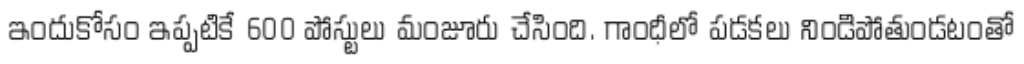
ఇందుకోసం ఇప్పటికే 600 పోస్టులు మంజూరు చేసింది. గాంధీలో పడకలు నిండిపోతుండటంతో